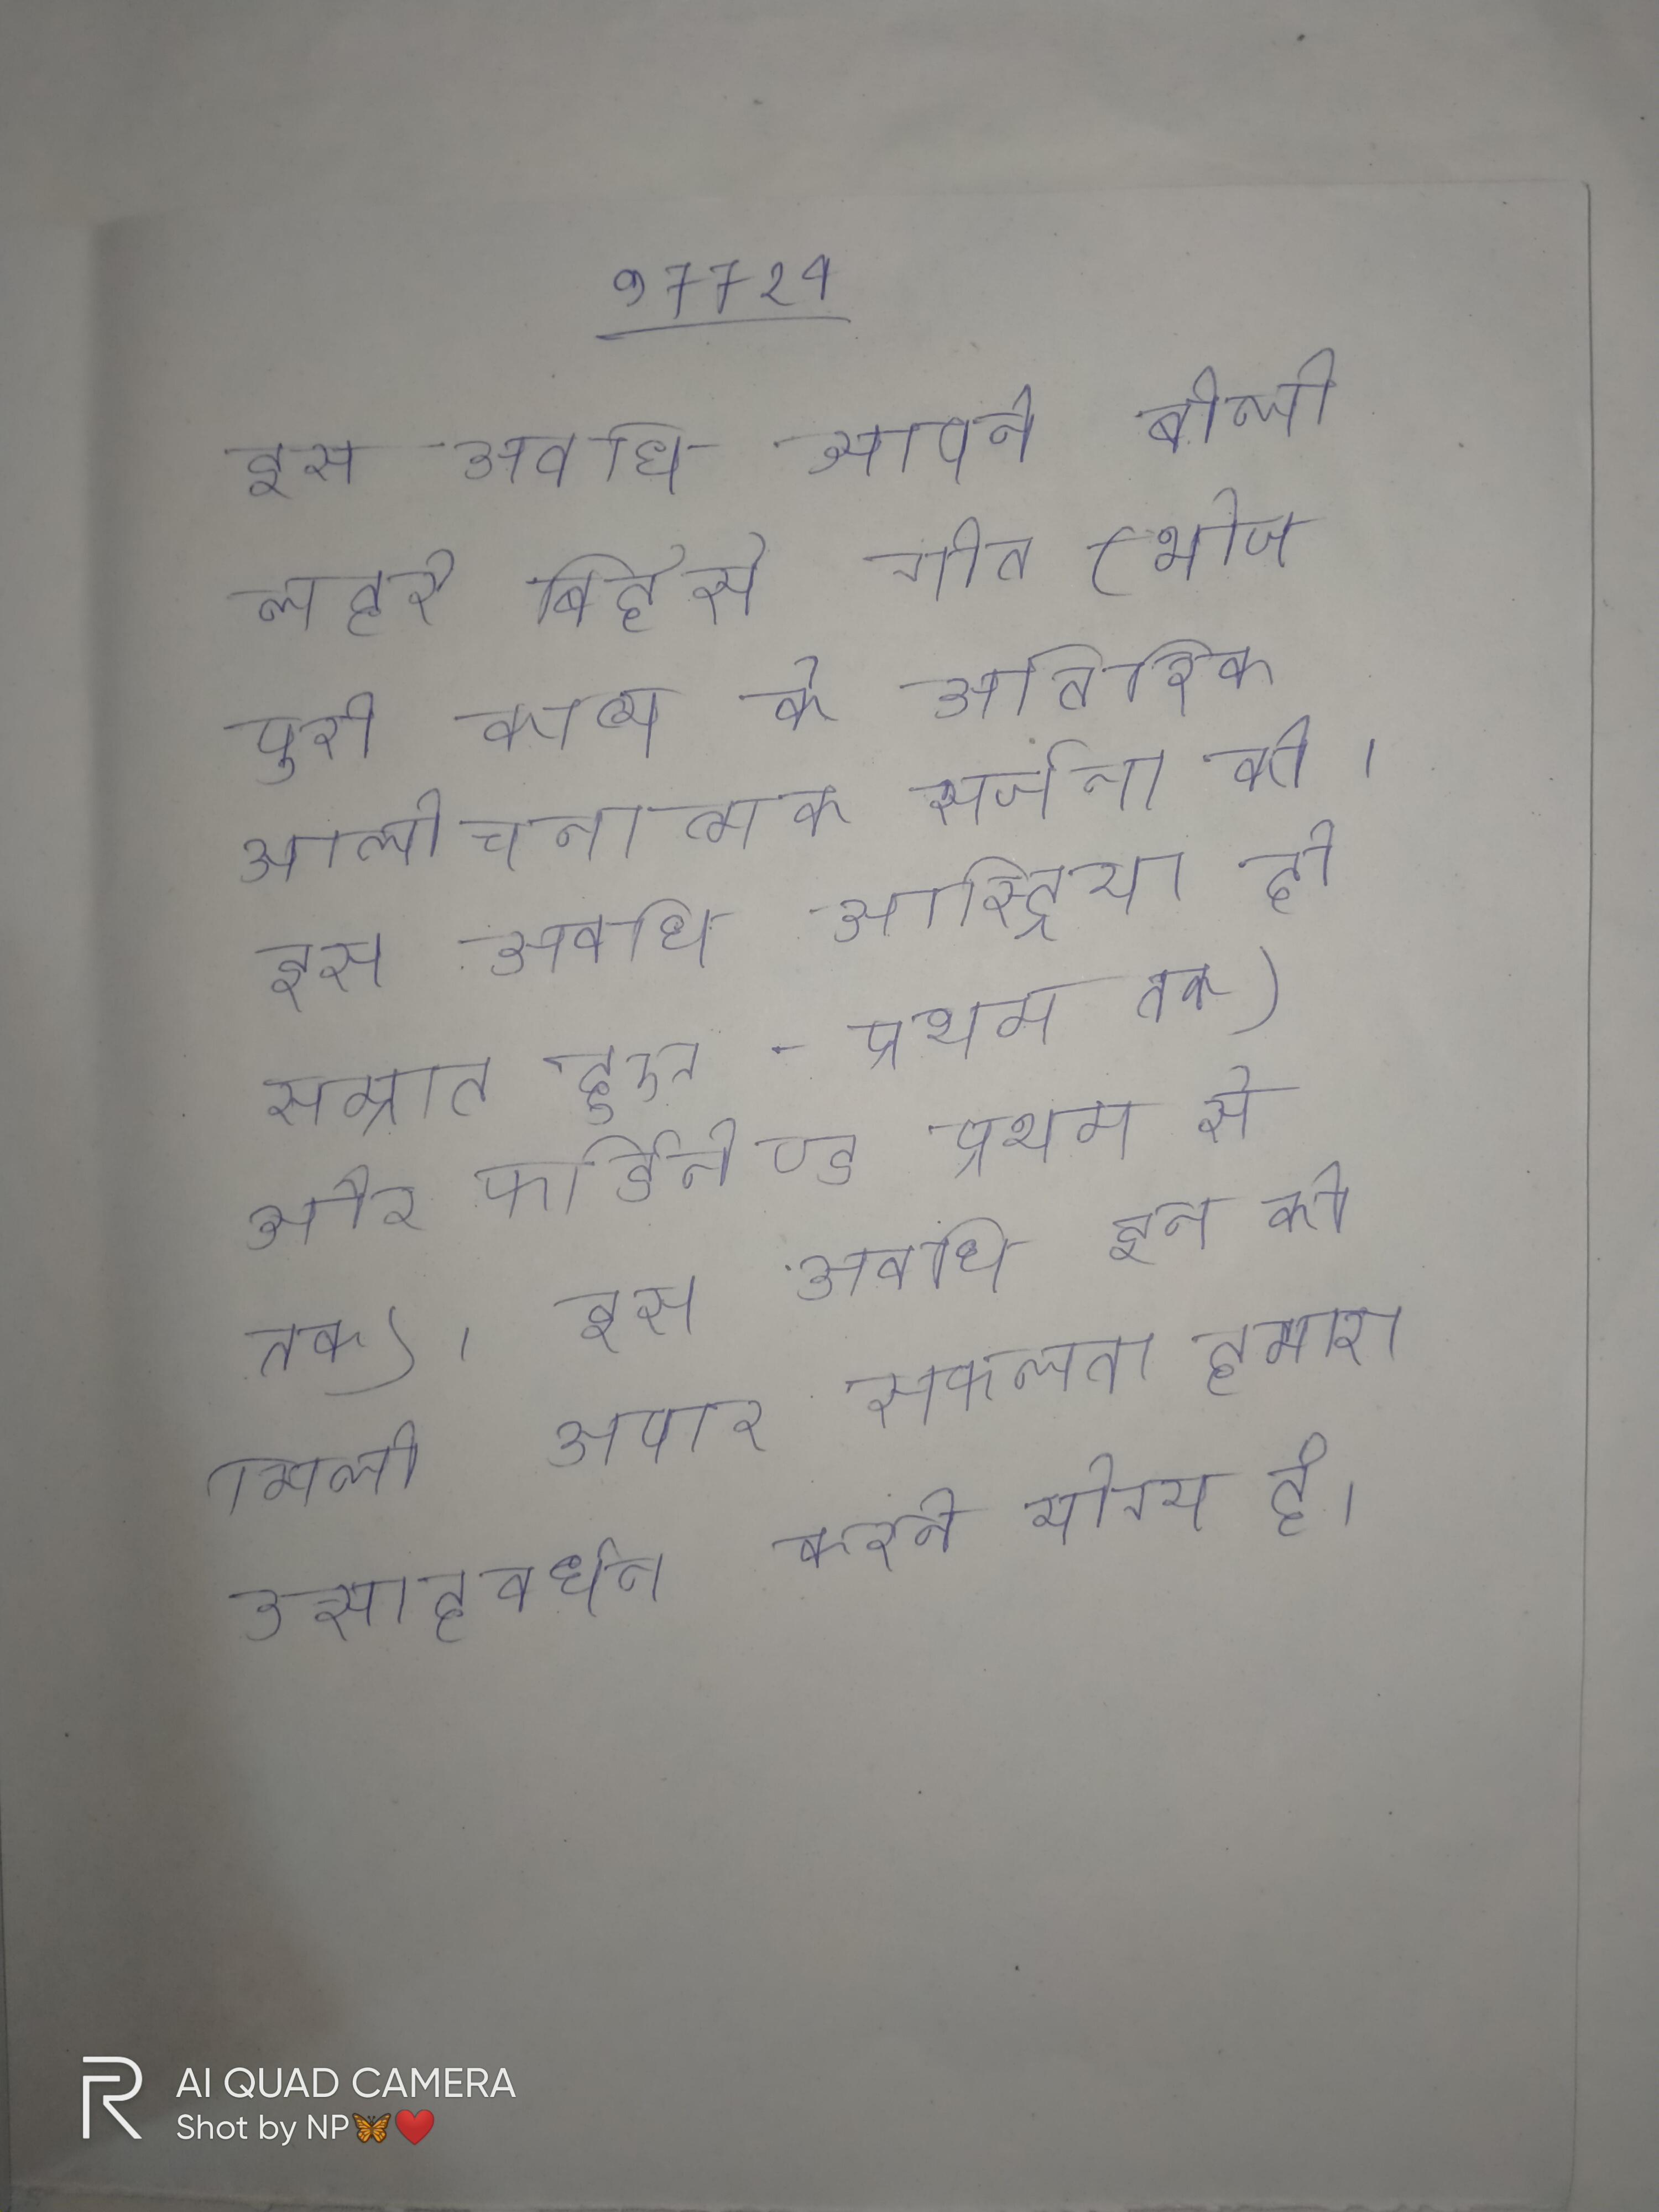
इस अवधि आपने बोली लहरे बिहॅसे गीत (भोजपुरी काव्य के अतिरिक्त आलोचनात्मक सर्जना की । इस अवधि आस्ट्रिया दो सम्राट हुए- प्रथम तक) और फर्डिनेण्ड प्रथम से तक) । इस अवधि इन को मिली अपार सफलता हमारा उत्साहवर्धन करने योग्य है ।